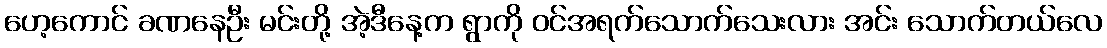
ဟေ့ကောင် ခဏနေဦး မင်းတို့ အဲ့ဒီနေ့က ရွာကို ဝင်အရက်သောက်သေးလား အင်း သောက်တယ်လေ